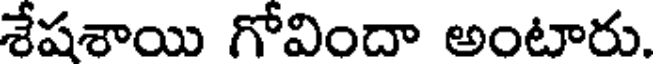
శేషశాయి గోవిందా అంటారు.